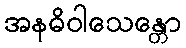
အနဓိဝါသေန္တော